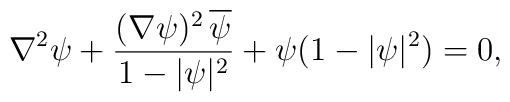
\nabla^2 \psi + \frac{(\nabla \psi)^2 \, {\overline \psi}}{1- |\psi|^2}+ \psi(1-|\psi|^2)=0,